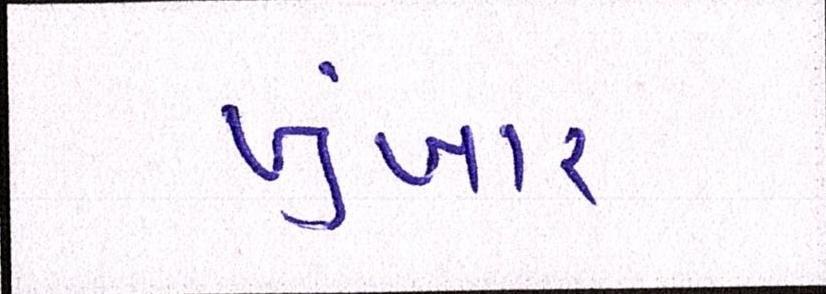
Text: ખુંખાર